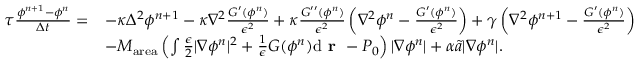
\begin{array} { r l } { \tau \frac { \phi ^ { n + 1 } - \phi ^ { n } } { \Delta t } = } & { - \kappa \Delta ^ { 2 } \phi ^ { n + 1 } - \kappa \nabla ^ { 2 } \frac { G ^ { \prime } ( \phi ^ { n } ) } { \epsilon ^ { 2 } } + \kappa \frac { G ^ { \prime \prime } ( \phi ^ { n } ) } { \epsilon ^ { 2 } } \left( \nabla ^ { 2 } \phi ^ { n } - \frac { G ^ { \prime } ( \phi ^ { n } ) } { \epsilon ^ { 2 } } \right) + \gamma \left( \nabla ^ { 2 } \phi ^ { n + 1 } - \frac { G ^ { \prime } ( \phi ^ { n } ) } { \epsilon ^ { 2 } } \right) } \\ & { - M _ { \mathrm { a r e a } } \left( \int \frac { \epsilon } { 2 } | \nabla \phi ^ { n } | ^ { 2 } + \frac { 1 } { \epsilon } G ( \phi ^ { n } ) \mathrm { d } \textbf { r } - P _ { 0 } \right) | \nabla \phi ^ { n } | + \alpha \tilde { a } | \nabla \phi ^ { n } | . } \end{array}